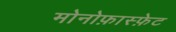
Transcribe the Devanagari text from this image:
मोनोफ़ास्फ़ेट